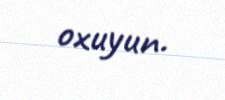
oxuyun.